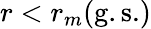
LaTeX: r<r_{m}(\mathrm{g.s.})